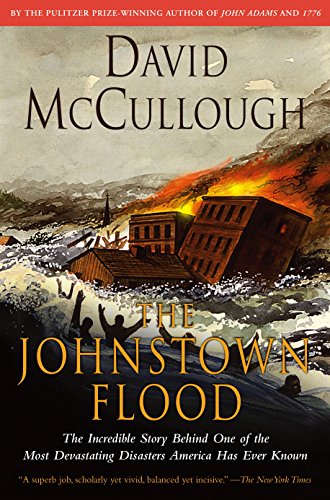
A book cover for The Johnstown Flood; David McCullough; Engineering & Transportation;